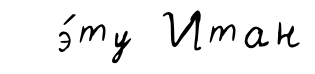
э́ту Итан